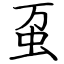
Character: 虿